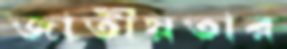
জাতীয়তার